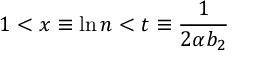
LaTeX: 1 < x \equiv \ln n < t \equiv { \frac { 1 } { 2 \alpha b _ { 2 } } }